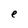
Character: e